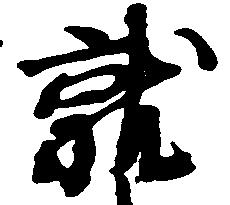
就